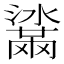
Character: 𤂒